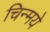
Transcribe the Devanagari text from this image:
चिन्मये